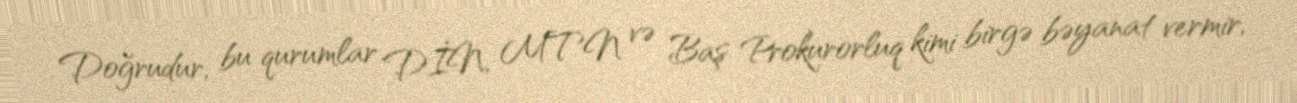
Doğrudur, bu qurumlar DİN, MTN və Baş Prokurorluq kimi birgə bəyanat vermir,